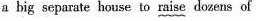
a big separate house to raise dozens of